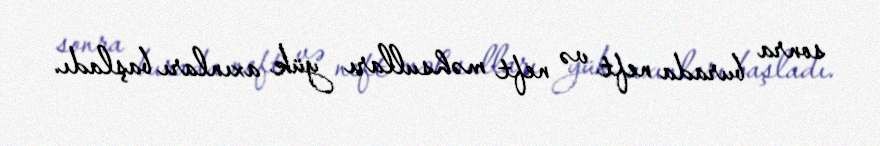
sonra burada neft və neft məhsulları yük axınları başladı.